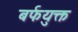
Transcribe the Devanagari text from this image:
बर्फयुक्त